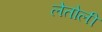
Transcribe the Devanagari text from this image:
लेतोली